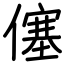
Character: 僿